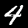
Digit: 4